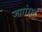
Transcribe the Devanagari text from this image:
जागंसह